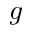
^ Ḋ g Ḍ